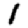
Digit: 1